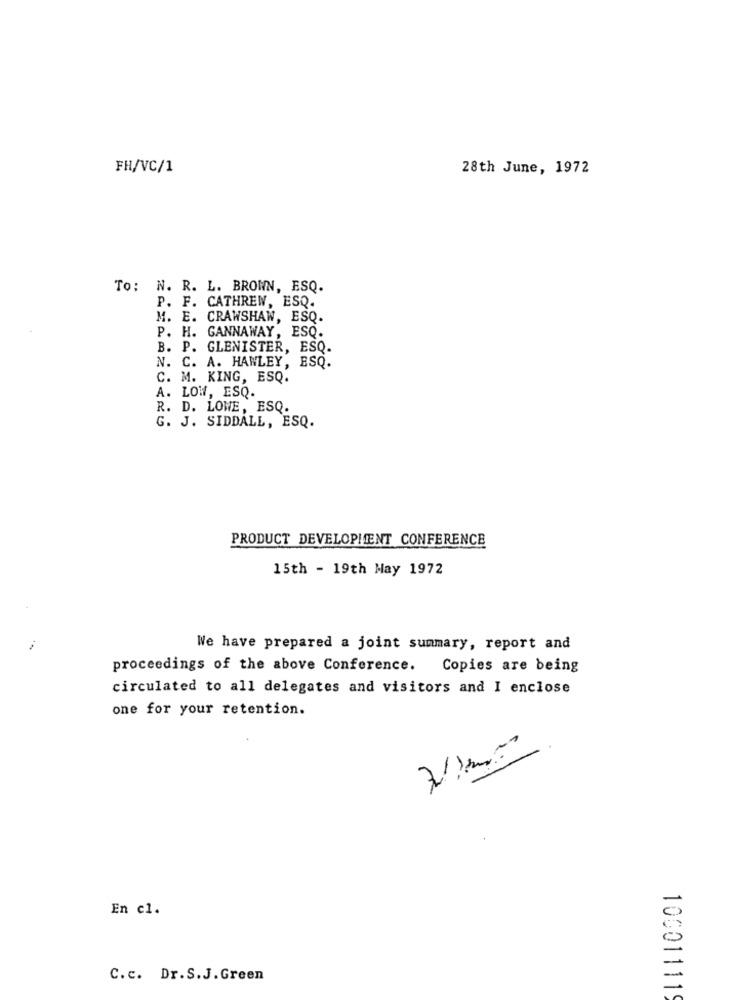
FH/VC/1
28th June, 1972
To: N. R. L. BROWN, ESQ.
P. F. CATHREW, ESQ.
M. E. CRAWSHAW, ESQ.
P. H. GANNAWAY, ESQ.
B. P. GLENISTER, ESQ.
N. C. A. HANLEY, ESQ.
C. M. KING, ESQ.
A. LOW, ESQ.
R. D. LOWE, ESQ.
G. J. SIDDALL, ESQ.
PRODUCT DEVELOPMENT CONFERENCE
15th - 19th May 1972
We have prepared a joint summary, report and
proceedings of the above Conference. Copies are being
circulated to all delegates and visitors and I enclose
one for your retention.
En c1.
C.c. Dr.S.J. Green
10001111